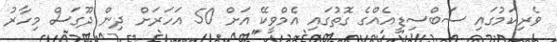
ވެރިކަމުގައި ސަބްސިޑީއެއްގެ ގޮތުގައި އެމްވީކޭ އަށް 50 އަހަރަށް ދިން ދޫގަސް މިހާރު